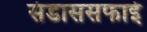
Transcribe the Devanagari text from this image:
संडाससफाई